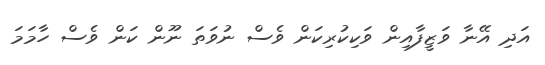
އަދި އޭނާ ވަޒީފާއިން ވަކިކުރިކަން ވެސް ނުވަތަ ނޫން ކަން ވެސް ހާމަމަ